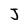
Character: J